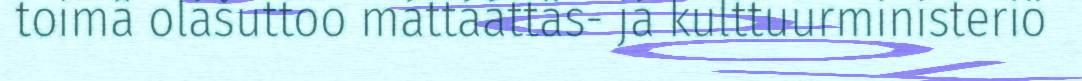
toimâ olášuttoo máttááttâs- já kulttuurministeriö